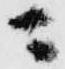
ニ